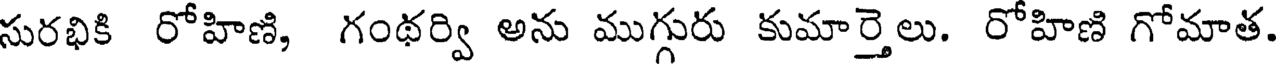
సురభికి రోహిణి, గంథర్వి అను ముగ్గురు కుమార్తెలు. రోహిణి గోమాత.